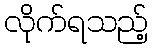
လိုက်ရသည့်